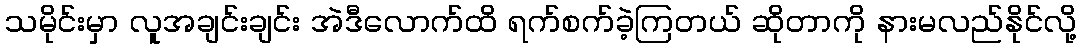
သမိုင်းမှာ လူအချင်းချင်း အဲဒီလောက်ထိ ရက်စက်ခဲ့ကြတယ် ဆိုတာကို နားမလည်နိုင်လို့